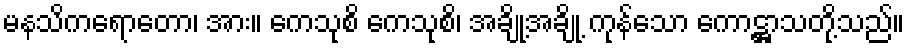
မနသိကရောတော၊ အား။ ကေသုစိ ကေသုစိ၊ အချို့အချို့ ကုန်သော ကောဋ္ဌာသတို့သည်။